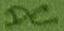
Text: DC